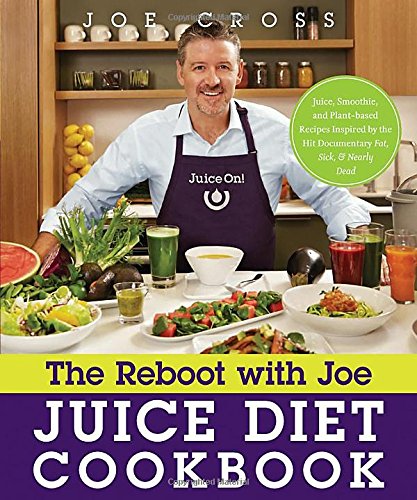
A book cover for The Reboot with Joe Juice Diet Cookbook: Juice, Smoothie, and Plant-powered Recipes Inspired by the Hit Documentary Fat, Sick, and Nearly Dead; Joe Cross; Cookbooks, Food & Wine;